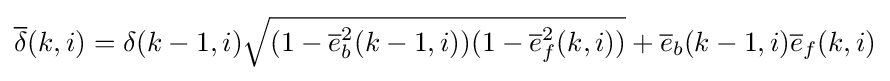
{\overline {\delta }}(k,i)=\delta (k-1,i){\sqrt {(1-{\overline {e}}_{b}^{2}(k-1,i))(1-{\overline {e}}_{f}^{2}(k,i))}}+{\overline {e}}_{b}(k-1,i){\overline {e}}_{f}(k,i)